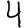
Digit: 4